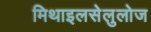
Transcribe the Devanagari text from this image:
मिथाइलसेलुलोज